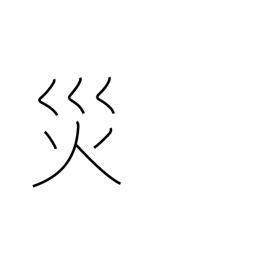
Meaning: curse